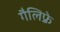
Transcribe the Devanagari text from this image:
गैलिफ़्रे